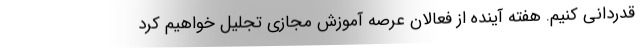
قدردانی کنیم. هفته آینده از فعالان عرصه آموزش مجازی تجلیل خواهیم کرد